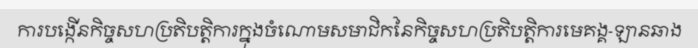
ការបង្កើនកិច្ចសហប្រតិបត្តិការក្នុងចំណោមសមាជិកនៃកិច្ចសហប្រតិបត្តិការមេគង្គ-ឡានឆាង